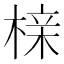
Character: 榇